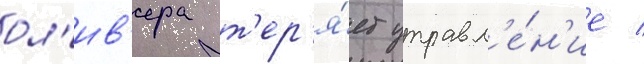
ол'ив'ера т'ер'я́ет управл'е́н'ие /